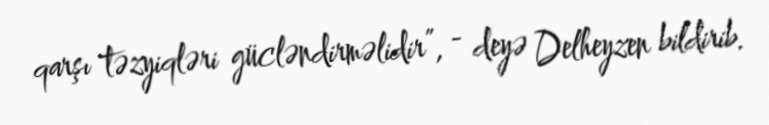
qarşı təzyiqləri gücləndirməlidir”, - deyə Delheyzen bildirib.